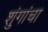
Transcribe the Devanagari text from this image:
शुंगांचा